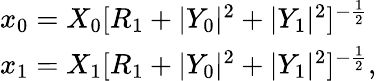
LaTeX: \begin{array}{lcr}{{x_{0}=X_{0}[R_{1}+|Y_{0}|^{2}+|Y_{1}|^{2}]^{-{\frac{1}{2}}}}}\\ {{x_{1}=X_{1}[R_{1}+|Y_{0}|^{2}+|Y_{1}|^{2}]^{-{\frac{1}{2}}},}}\end{array}